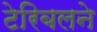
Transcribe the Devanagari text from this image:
टेरिबलने